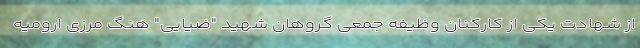
از شهادت یکی از کارکنان وظیفه جمعی گروهان شهید "ضیایی" هنگ مرزی ارومیه